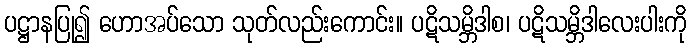
ပဋ္ဌာနပြု၍ ဟောအပ်သော သုတ်လည်းကောင်း။ ပဋိသမ္ဘိဒါစ၊ ပဋိသမ္ဘိဒါလေးပါးကို